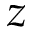
z